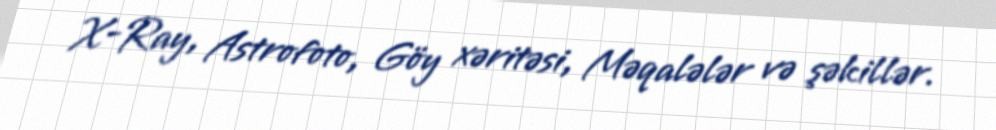
X-Ray, Astrofoto, Göy xəritəsi, Məqalələr və şəkillər.